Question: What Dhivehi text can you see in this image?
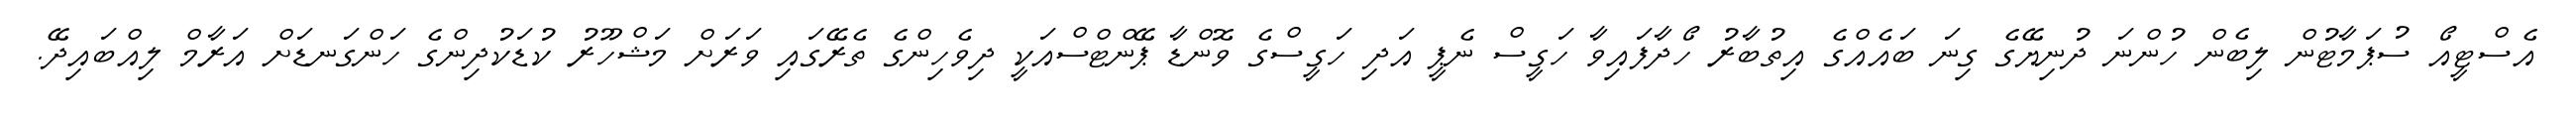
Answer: އެސްޓީއޯ ސުޕަމާޓުން ލިބެން ހުންނަ ދުނިޔޭގެ ގިނަ ބައެއްގެ އިތުބާރު ހޯދާފައިވާ ހަގީސް ނެޕީ އަދި ހަގީސްގެ ވޮންޑާ ޕޭންޓްސްއަކީ ދިވެހިންގެ ތެރޭގައި ވަރަށް މަޝްހޫރު ކުޑަކުދިންގެ ހަންގަނޑަށް އަރާމް ލިއްބައިދޭ.